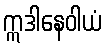
ဣဒါနေဝါယံ